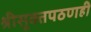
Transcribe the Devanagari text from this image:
श्रीसूक्तपठणही